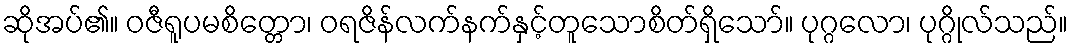
ဆိုအပ်၏။ ဝဇီရူပမစိတ္တော၊ ဝရဇိန်လက်နက်နှင့်တူသောစိတ်ရှိသော်။ ပုဂ္ဂလော၊ ပုဂ္ဂိုလ်သည်။